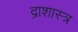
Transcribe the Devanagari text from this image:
द्राशास्त्र